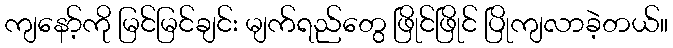
ကျနော့်ကို မြင်မြင်ချင်း မျက်ရည်တွေ ဖြိုင်ဖြိုင် ပြိုကျလာခဲ့တယ်။